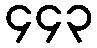
၄၄၃